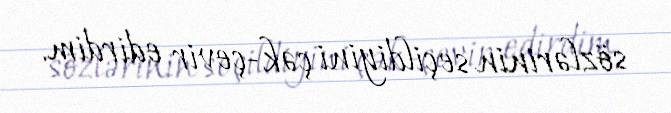
sözlərinin seçildiyini çək-çevir edirdim.